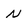
Character: N